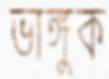
ভাঙ্গুক